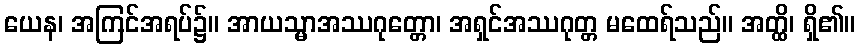
ယေန၊ အကြင်အရပ်၌။ အာယသ္မာအဿဂုတ္တော၊ အရှင်အဿဂုတ္တ မထေရ်သည်။ အတ္ထိ၊ ရှိ၏။